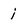
Character: j